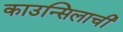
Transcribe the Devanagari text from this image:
काउन्सिलाची